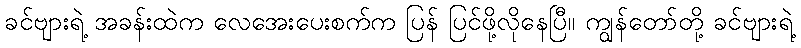
ခင်ဗျားရဲ့ အခန်းထဲက လေအေးပေးစက်က ပြန် ပြင်ဖို့လိုနေပြီ။ ကျွန်တော်တို့ ခင်ဗျားရဲ့